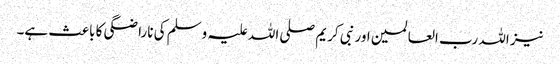
نیز اللہ رب العالمین اور نبی کریم صلی اللہ علیہ وسلم کی ناراضگی کا باعث ہے۔